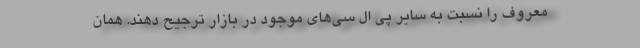
معروف را نسبت به سایر پی ال سی­‌های موجود در بازار ترجیح دهند. همان‌